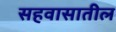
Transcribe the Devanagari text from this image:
सहवासातील